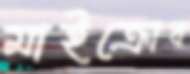
মাইক্রোব